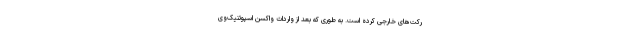
رکت‌های خارجی کرده است. به طوری که بعد از واردات واکسن اسپوتنیک‌وی